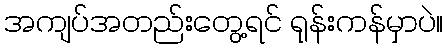
အကျပ်အတည်းတွေ့ရင် ရုန်းကန်မှာပဲ။